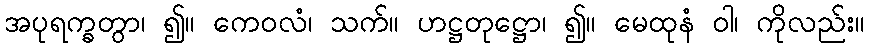
အပုရက္ခတွာ၊ ၍။ ကေဝလံ၊ သက်။ ဟဋ္ဌတုဋ္ဌော၊ ၍။ မေထုနံ ဝါ၊ ကိုလည်း။